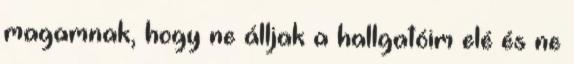
magamnak, hogy ne álljak a hallgatóim elé és ne